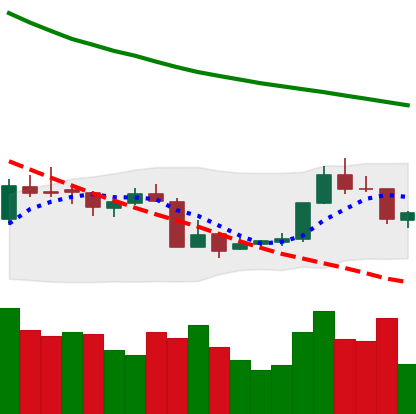
Ticker: XMR-USD
Chart end date: 2018-07-21
Forward return: 3.545%
Label: up_3_5